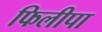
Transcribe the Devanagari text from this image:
फिलीपा